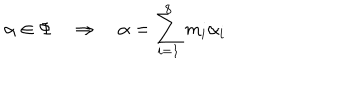
\alpha \in \Phi \quad \Rightarrow \quad \alpha = \sum _ { i = 1 } ^ { 8 } m _ { i } \alpha _ { i }